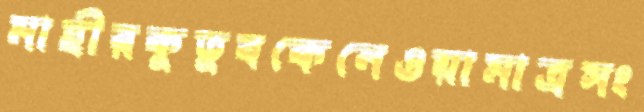
মাহীরকুতুবকেনেওয়ামাত্রসং